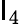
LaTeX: \mathsf{I}_{4}